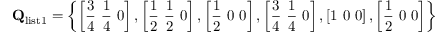
\mathbf { Q } _ { \mathrm { l i s t 1 } } = \left\{ \left[ \frac { 3 } { 4 } \ \frac { 1 } { 4 } \ 0 \right] , \left[ \frac { 1 } { 2 } \ \frac { 1 } { 2 } \ 0 \right] , \left[ \frac { 1 } { 2 } \ 0 \ 0 \right] , \left[ \frac { 3 } { 4 } \ \frac { 1 } { 4 } \ 0 \right] , \left[ 1 \ 0 \ 0 \right] , \left[ \frac { 1 } { 2 } \ 0 \ 0 \right] \right\}